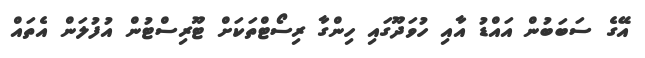
އޭގެ ސަބަބުން އައްޑު އާއި ހުވަދޫގައި ހިންގާ ރިސޯޓްތަކަށް ޓޫރިސްޓުން އުފުލަން އެތައް